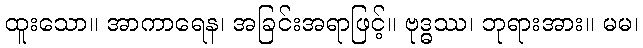
ထူးသော။ အာကာရေန၊ အခြင်းအရာဖြင့်။ ဗုဒ္ဓဿ၊ ဘုရားအား။ မမ၊